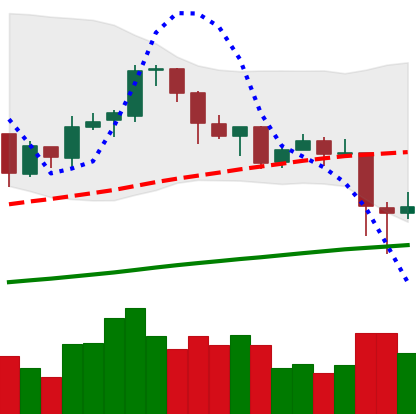
Ticker: BTC-USD
Chart end date: 2018-01-18
Forward return: -5.285%
Label: down_5_7